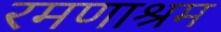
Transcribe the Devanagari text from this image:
रमणाश्रम